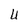
Character: U